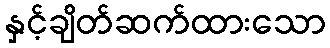
နှင့်ချိတ်ဆက်ထားသော